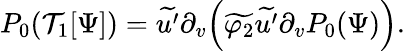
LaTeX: \begin{array}{r}{P_{0}(\mathcal{T}_{1}[\Psi])=\widetilde{u^{\prime}}\partial_{v}\Big(\widetilde{\varphi_{2}}\widetilde{u^{\prime}}\partial_{v}P_{0}(\Psi)\Big).}\end{array}